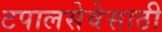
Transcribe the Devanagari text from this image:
टपालसेवेसाठी